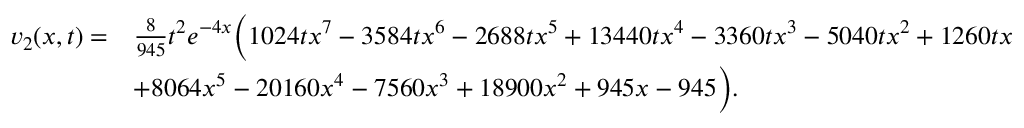
\begin{array} { r l } { v _ { 2 } ( x , t ) = } & { \frac { 8 } { 9 4 5 } t ^ { 2 } e ^ { - 4 x } \bigg ( 1 0 2 4 t x ^ { 7 } - 3 5 8 4 t x ^ { 6 } - 2 6 8 8 t x ^ { 5 } + 1 3 4 4 0 t x ^ { 4 } - 3 3 6 0 t x ^ { 3 } - 5 0 4 0 t x ^ { 2 } + 1 2 6 0 t x } \\ & { + 8 0 6 4 x ^ { 5 } - 2 0 1 6 0 x ^ { 4 } - 7 5 6 0 x ^ { 3 } + 1 8 9 0 0 x ^ { 2 } + 9 4 5 x - 9 4 5 \bigg ) . } \end{array}